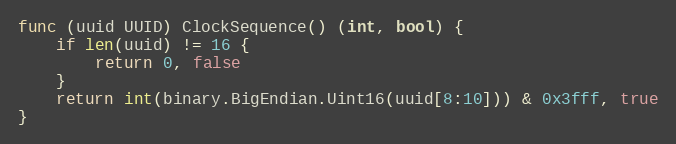
Language: Go
func (uuid UUID) ClockSequence() (int, bool) {
	if len(uuid) != 16 {
		return 0, false
	}
	return int(binary.BigEndian.Uint16(uuid[8:10])) & 0x3fff, true
}